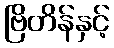
ဗြိတိန်နှင့်